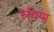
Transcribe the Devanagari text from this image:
रुचिया